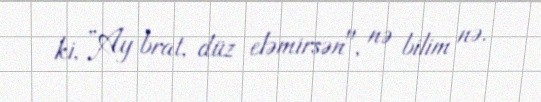
ki, ”Ay brat, düz eləmirsən", nə bilim nə.